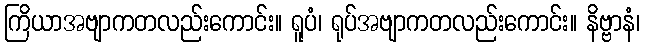
ကြိယာအဗျာကတလည်းကောင်း။ ရူပံ၊ ရုပ်အဗျာကတလည်းကောင်း။ နိဗ္ဗာနံ၊